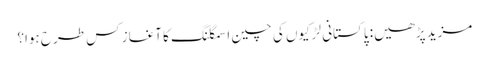
مزید پڑھیں: پاکستانی لڑکیوں کی چین اسمگلنگ کا آغاز کس طرح ہوا؟